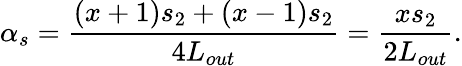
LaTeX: \alpha_{s}=\frac{(x+1)s_{2}+(x-1)s_{2}}{4L_{out}}=\frac{xs_{2}}{2L_{out}}.